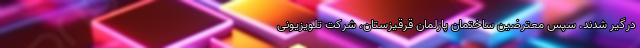
درگیر شدند. سپس معترضین ساختمان پارلمان قرقیزستان، شرکت تلویزیونی